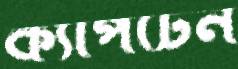
ক্যাপটেন